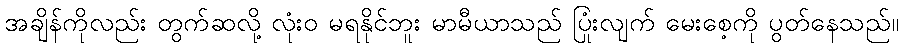
အချိန်ကိုလည်း တွက်ဆလို့ လုံးဝ မရနိုင်ဘူး မာမီယာသည် ပြုံးလျက် မေးစေ့ကို ပွတ်နေသည်။